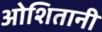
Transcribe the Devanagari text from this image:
ओशितानी